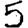
Digit: 5